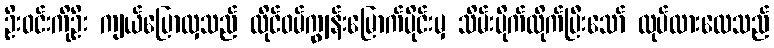
ဦးဝင်းကိုဦး ကျယ်ပြောလှသည် ထိုင်ဝမ်ကျွန်းမြောက်ပိုင်းမှ သိမ်းပိုက်လိုက်ပြီးသော် လုပ်ထားလေသည်